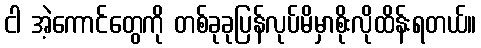
ငါ အဲ့ကောင်တွေကို တစ်ခုခုပြန်လုပ်မိမှာစိုးလိုထိန်းရတယ်။